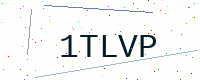
Text: 1TLVP